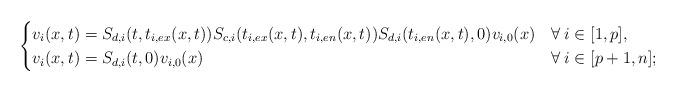
LaTeX: \begin{align*} \begin{cases} v_i(x,t)=S_{d,i}(t,t_{i,ex}(x,t))S_{c,i}(t_{i,ex}(x,t),t_{i,en}(x,t))S_{d,i}(t_{i,en}(x,t),0)v_{i,0}(x) & \forall\:i\in[1,p],\\ v_i(x,t)=S_{d,i}(t,0)v_{i,0}(x) & \forall\:i\in[p+1,n]; \end{cases} \end{align*}